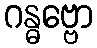
ဂန္ဓဗ္ဗော